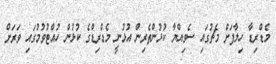
މެޑްރިޑާ ހިލާފަށް މެޗުގައި ސެވިއްޔާ ކުޅުންތެރިން އުޅުނީ މެޑްރިޑްގެ ކުޅުން ހުއްޓުވުމުގައި ވަރަށް